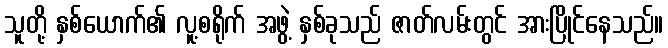
သူတို့ နှစ်ယောက်၏ လူ့စရိုက် အဖွဲ့ နှစ်ခုသည် ဇာတ်လမ်းတွင် အားပြိုင်နေသည်။